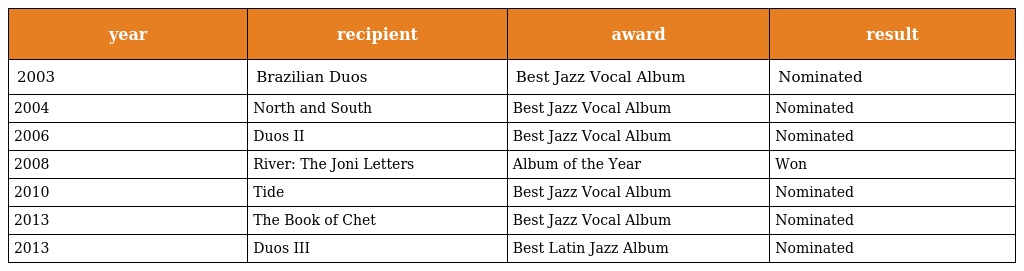
| year | recipient | award | result |
 | --- | --- | --- | --- |
 | 2003 | Brazilian Duos | Best Jazz Vocal Album | Nominated |
 | 2004 | North and South | Best Jazz Vocal Album | Nominated |
 | 2006 | Duos II | Best Jazz Vocal Album | Nominated |
 | 2008 | River: The Joni Letters | Album of the Year | Won |
 | 2010 | Tide | Best Jazz Vocal Album | Nominated |
 | 2013 | The Book of Chet | Best Jazz Vocal Album | Nominated |
 | 2013 | Duos III | Best Latin Jazz Album | Nominated |